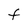
Character: F